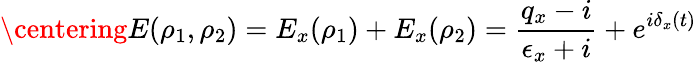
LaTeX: \centering E(\rho_{1},\rho_{2})=E_{x}(\rho_{1})+E_{x}(\rho_{2})=\frac{q_{x}-i}{\epsilon_{x}+i}+e^{i\delta_{x}(t)}